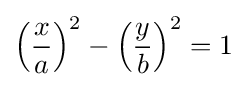
\left({\frac {x}{a}}\right)^{2}-\left({\frac {y}{b}}\right)^{2}=1